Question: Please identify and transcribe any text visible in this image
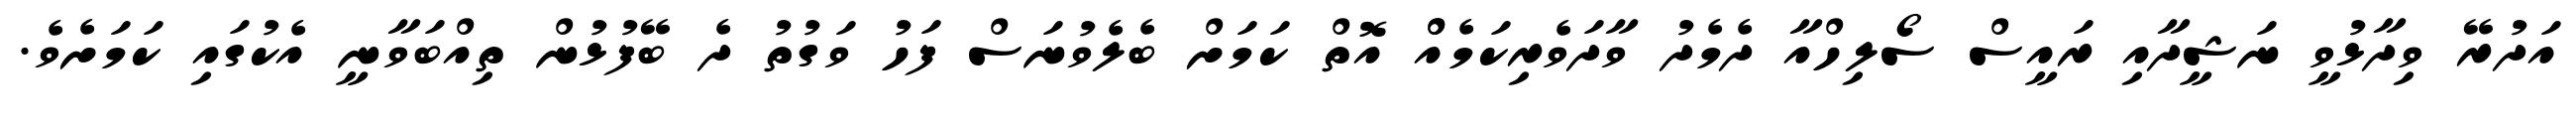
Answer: އަދުރޭ ވިދާޅުވީ ނަޝީދާއި ރައީސް ސޯލިހްއާ ދެމެދު ވާދަވެރިކަމެއްް އޮތް ކަމަށް ބެލެވުނަސް ފަހު ވަގުތު ދެ ބޭފުޅުން ތިއްބަވާނީ އެކުގައި ކަމަށެވެ.